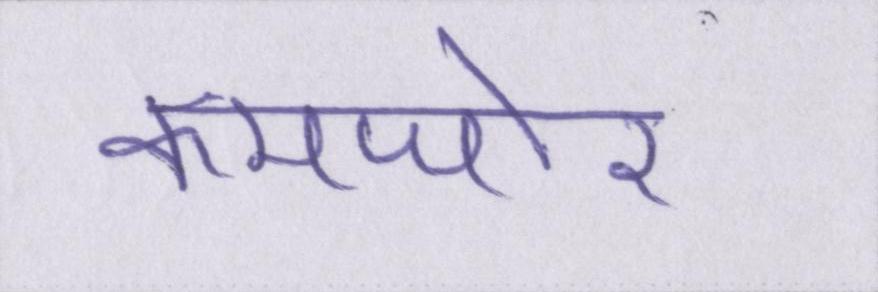
कमजोर